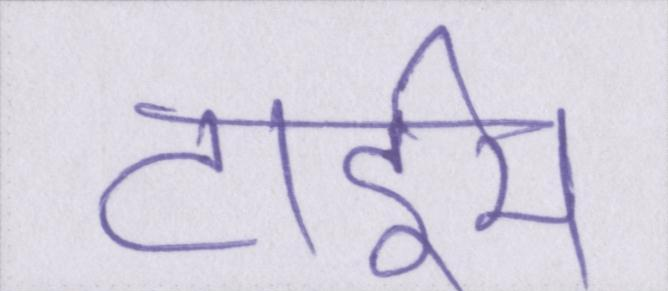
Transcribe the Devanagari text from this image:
टाईम